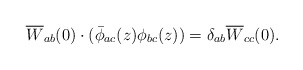
\begin{align*}\overline{W}_{ab}(0)\cdot (\bar{\phi }_{ac}(z)\phi _{bc}(z))=\delta_{ab} \overline{W}_{cc}(0). \end{align*}